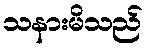
သနားမိသည်